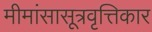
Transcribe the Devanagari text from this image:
मीमांसासूत्रवृत्तिकार